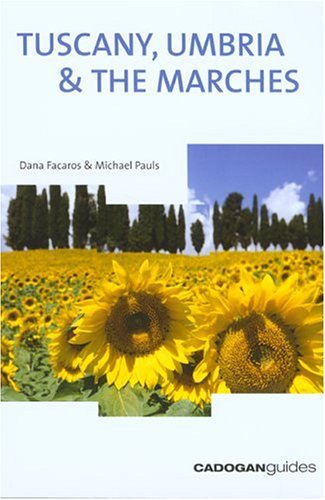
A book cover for Tuscany Umbria & the Marches, 9th (Country & Regional Guides - Cadogan); Dana Facaros; Travel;